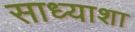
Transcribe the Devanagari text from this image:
साध्याशा